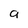
Character: a